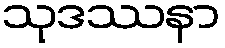
သုဒဿနာ